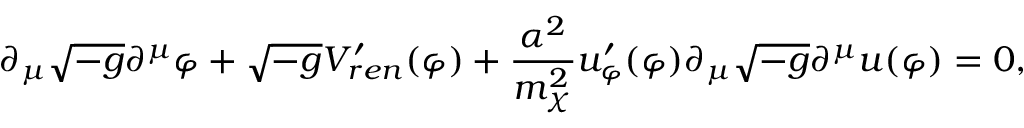
\partial _ { \mu } \sqrt { - g } \partial ^ { \mu } \varphi + \sqrt { - g } V _ { r e n } ^ { \prime } ( \varphi ) + { \frac { \alpha ^ { 2 } } { m _ { \chi } ^ { 2 } } } u _ { \varphi } ^ { \prime } ( \varphi ) \partial _ { \mu } \sqrt { - g } \partial ^ { \mu } u ( \varphi ) = 0 ,